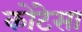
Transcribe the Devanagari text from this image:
कोंटेसा